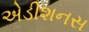
એડીશનસ